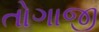
તોગાજી